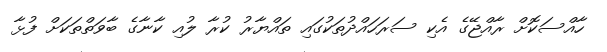
ހާއްސަކޮށް ރާއްޖޭގެ އެކި ސަރަހައްދުތަކުގައި ތައްޔާރު ކުރާ ލުއި ކާނާގެ ބާވަތްތަކަށް ފުޅާ